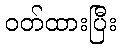
ဝတ်ထားပြီး